Scottish Leaving Certificate Examination, 1961
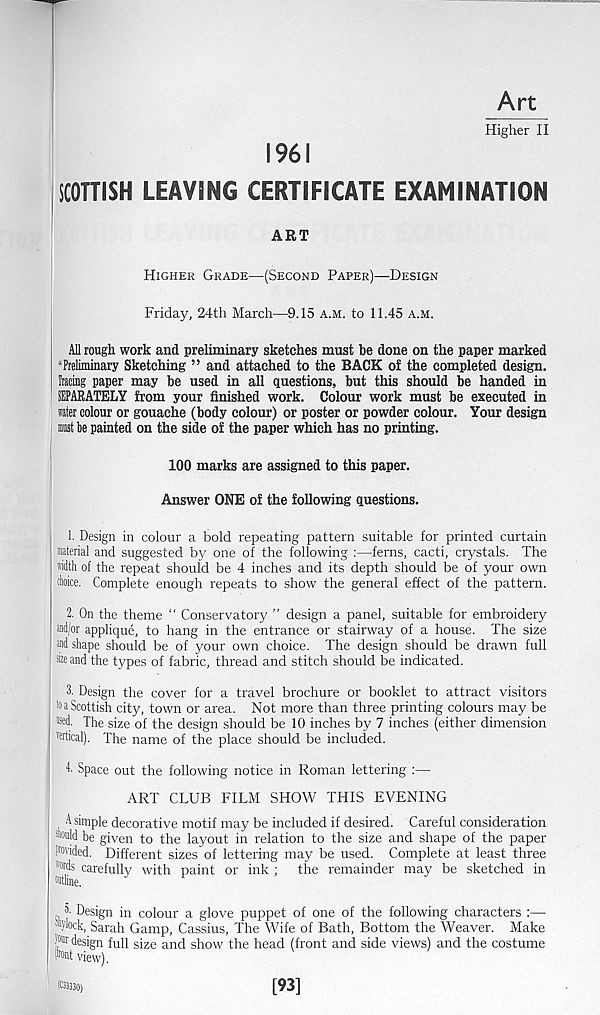
Art
Higher II
1961
SCOTTISH LEAVING CERTIFICATE EXAMINATION
ART
Higher Grade—(Second Paper)—Design
Friday, 24th March—9.15 a.m. to 11.45 a.m.
All rough work and preliminary sketches must be done on the paper marked
“Preliminary Sketching ” and attached to the BACK of the completed design,
teeing paper may be used in all questions, but this should be handed in
SEPARATELY from your finished work. Colour work must be executed in
rater colour or gouache (body colour) or poster or powder colour. Your design
ml be painted on the side of the paper which has no printing.
100 marks are assigned to this paper.
Answer ONE of the following questions.
1. Design in colour a bold repeating pattern suitable for printed curtain
material and suggested by one of the following :—ferns, cacti, crystals. The
with of the repeat should be 4 inches and its depth should be of your own
choice. Complete enough repeats to show the general effect of the pattern.
2. On the theme " Conservatory ” design a panel, suitable for embroidery
and/or applique, to hang in the entrance or stairway of a house. The size
»d shape should be of your own choice. The design should be drawn full
® and the types of fabric, thread and stitch should be indicated.
3- Design the cover for a travel brochure or booklet to attract visitors
i0 a Scottish city, town or area. Not more than three printing colours may be
i ®d. The size of the design should be 10 inches by 7 inches (either dimension
wtical). The name of the place should be included.
h Space out the following notice in Roman lettering :—
ART CLUB FILM SHOW THIS EVENING
A simple decorative motif may be included if desired. Careful consideration
* ou jd be given to the layout in relation to the size and shape of the paper
P'wided. Different sizes of lettering may be used. Complete at least three
"wds carefully with paint or ink : the remainder may be sketched in
outline.
^
i
>
5. Design in colour a glove puppet of one of the following characters :—
7 loc k, Sarah Gamp, Cassius, The Wife of Bath, Bottom the Weaver. Make
!°® design full size and show the head (front and side views) and the costume
PTOnt view).
(03330)
[93]